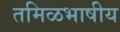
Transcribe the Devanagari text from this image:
तमिळभाषीय